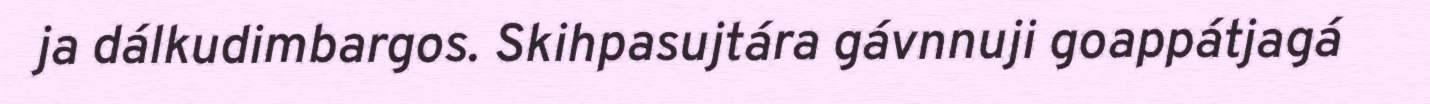
ja dálkudimbargos. Skihpasujtára gávnnuji goappátjagá